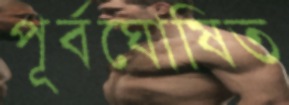
পূর্বঘোষিত